Annual administration and progress report of the Indian Medical Department, Bombay
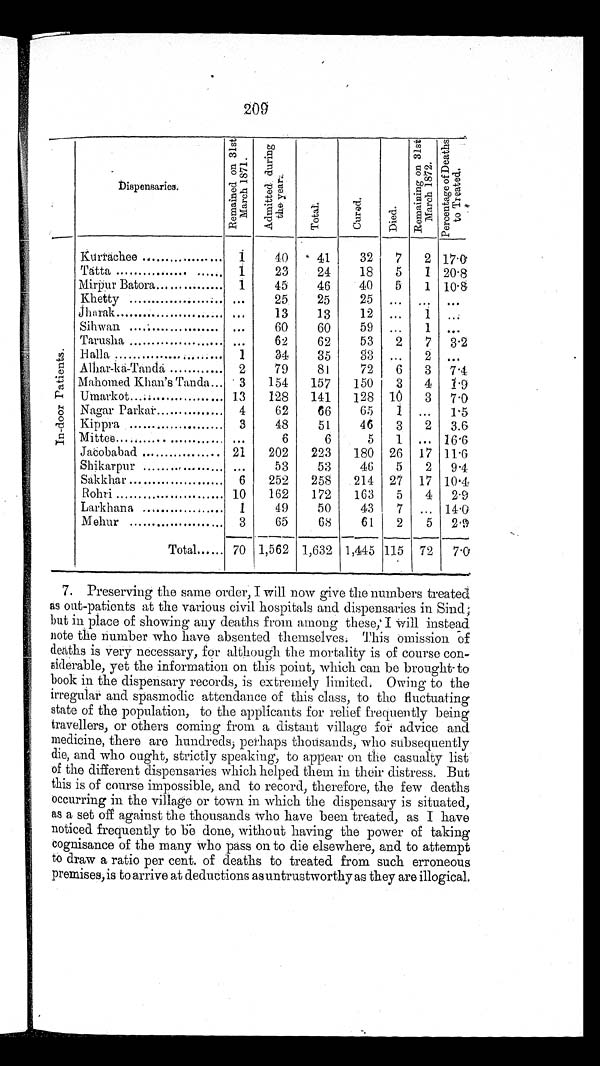
209
Di spensari es.
R e m a i n e d o n 3 1 s t
Ma r c h 1 8 7 1 .
A d m i t t e d d u r i n g
t h e y e a r .
T o t a l .
C u r e d .
D i e d .
R e m a i n i n g o n 3 1 s t
M a r c h 1 8 7 2 . P e r c e n t a g e o f D e a t h s
t o Tr eat ed.
I n - d o o r p a t i e n t s .
Kurrachee
1
4 0
4 1
3 2
7
2
1 7 . 0
Tatta
1
2 3
2 4
1 8
5
1
2 0 . 8
Mirpur Batora
1
4 5
4 6
4 0
5
1
1 0 . 8
Khetty
. . .
2 5
2 5
2 5
. . .
. . .
. . .
Jharak
. . .
1 3
1 3
1 2
. . .
1
. . .
Sihwan
. . .
6 0
6 0
5 9
. . .
1
. . .
Tarusha
. . .
6 2
6 2
5 3
2
7
3 . 2
Halla
1
3 4
3 5
3 3
. . .
2
. . .
Alhar-ka-Tanda
2
7 9
8 1
7 2
6
3
7 . 4
Mahomed Khan's Tanda
3
1 5 4
1 5 7
1 5 0
3
4
1 . 9
Umarkot
1 3
1 2 8
1 4 1
1 2 8
1 0
3
7 . 0
Nagar Parkar
4
6 2
6 6
6 5
1
. . .
1 . 5
Kippra
3
4 8
5 1
4 6
3
2
3 . 6
Mittee
. . .
6
6
5
1
. . .
1 6 . 6
Jacobabad
2 1
2 0 2
2 2 3
1 8 0
2 6
1 7
1 1 . 6
Shikarpur
. . .
5 3
5 3
4 6
5
2
9 . 4
Sakkhar
6
2 5 2
2 5 8
2 1 4
2 7
1 7
1 0 . 4
Rohri
1 0
1 6 2
1 7 2
1 6 3
5
4
2 . 9
Larkhana
1
4 9
5 0
4 3
7
. . .
1 4 . 0
Mehur
3
6 5
6 8
6 1
2
5
2 . 9
Total
7 0
1 , 5 6 2
1 , 6 3 2
1 , 4 4 5
1 1 5
7 2
7 . 0
7. Preserving the same order, I
will now give the numbers treated
as out-patients at the various civil hospitals and dispensaries in Sind;
but in place of showing any deaths from among these, I Will instead
note the number who have absented themselves. This omission of
deaths is very necessary, for although the mortality is of course con-
siderable, yet the information on this point, which can be brought- to
book in the dispensary records, is extremely limited, Owing to the
irregular and spasmodic attendance of this class, to the fluctuating
state of the population, to the applicants for relief frequently being
travellers, or others coming from a distant village for advice and
medicine, there are hundreds; perhaps thousands, who subsequently
die, and who ought, strictly speaking, to appear on the casualty list
of the different dispensaries which helped them in their distress. But
this is of course impossible, and to record, therefore, the few deaths
occurring in the village or town in which the dispensary is situated,
as a set off against the thousands who have been treated, as I have
noticed frequently to be done, without having the power of taking
cognisance of the many who pass on to die elsewhere, and to attempt
to draw a ratio per cent. of deaths to treated from such erroneous
premises, is to arrive at deductions as untrustworthy as they are illogical.